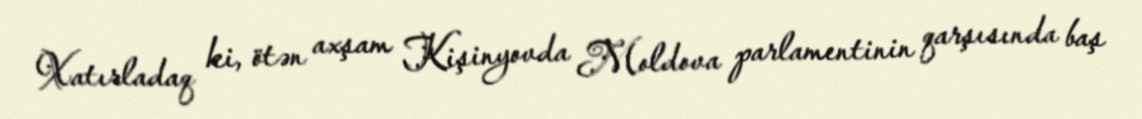
Xatırladaq ki, ötən axşam Kişinyovda Moldova parlamentinin qarşısında baş